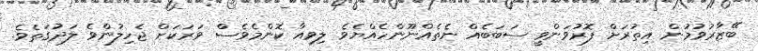
ބޭޒާރުވުމުން އިތުރަށް ފޮރުވަންވީ ސަބަބެއް ނެތެއްނޫންހެއްޔެވެ ލިވިއާ ކޮންމެވެސް ވަރަކަށް ޖެހިލުންވެ ލަދުގަތެވެ.